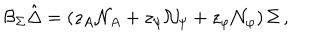
LaTeX: { { \cal B } _ { \Sigma } } \hat { \Delta } = \left( z _ { A } { \cal N } _ { A } + z _ { \psi } { \cal N } _ { \psi } + z _ { \varphi } { \cal N } _ { \varphi } \right) \Sigma \, ,